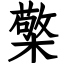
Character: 檠